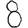
Digit: 8